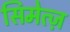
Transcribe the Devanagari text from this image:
सिमेत्ज़